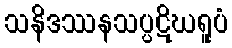
သနိဒဿနသပ္ပဋိဃရူပံ